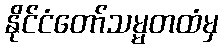
နိုင်ငံတော်သမ္မတထံမှ